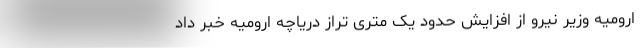
ارومیه وزیر نیرو از افزایش حدود یک متری تراز دریاچه ارومیه خبر داد